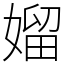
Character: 媹